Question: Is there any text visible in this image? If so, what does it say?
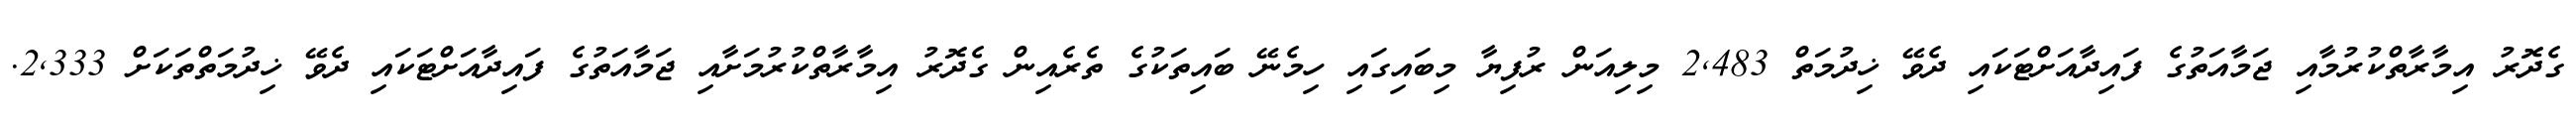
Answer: ގެދޮރު އިމާރާތްކުރުމާއި ޖަމާއަތުގެ ފައިދާއަށްޓަކައި ދެވޭ ޚިދުމަތް 2,483 މިލިއަން ރުފިޔާ މިބައިގައި ހިމެނޭ ބައިތަކުގެ ތެރެއިން ގެދޮރު އިމާރާތްކުރުމަށާއި ޖަމާއަތުގެ ފައިދާއަށްޓަކައި ދެވޭ ޚިދުމަތްތަކަށް 2,333.